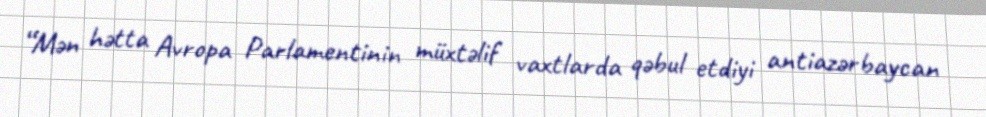
“Mən hətta Avropa Parlamentinin müxtəlif vaxtlarda qəbul etdiyi antiazərbaycan